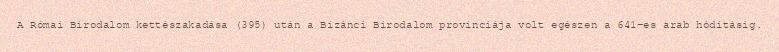
A Római Birodalom kettészakadása (395) után a Bizánci Birodalom provinciája volt egészen a 641-es arab hódításig.